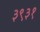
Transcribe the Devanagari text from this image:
३९३१